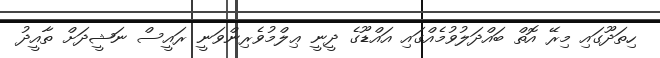
ހިތަދޫގައި މިރޭ އޮތް ބައްދަލުވުމެއްގައި އައްޑޫގެ ދީނީ ޢިލްމުވެރިންވަނީ ރައީސް ނަޝީދަށް ތާއީދު